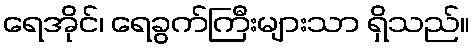
ရေအိုင်၊ ရေခွက်ကြီးများသာ ရှိသည်။